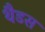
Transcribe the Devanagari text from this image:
थैडस